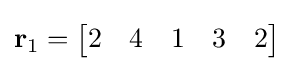
\mathbf {r} _{1}={\begin{bmatrix}2&4&1&3&2\end{bmatrix}}